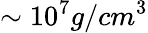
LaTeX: \sim 10^{7}g/cm^{3}